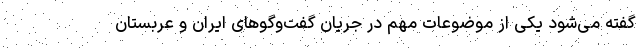
گفته می‌شود یکی از موضوعات مهم در جریان گفت‌وگوهای ایران و عربستان